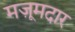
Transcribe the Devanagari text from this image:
मज़ूमदार